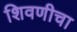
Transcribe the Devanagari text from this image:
शिवणीचा